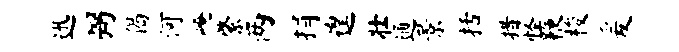
迅弼偈河崦綮两捐遑壮通景括措怪鞭梭爰